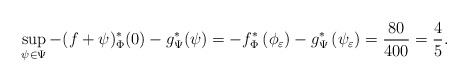
\begin{align*}\sup_{\psi\in \Psi} -(f+\psi)^*_\Phi (0) - g^*_\Psi (\psi) =-f^{*}_\Phi \left(\phi_\varepsilon\right)-g^{*}_\Psi\left(\psi_\varepsilon\right) & =\frac{80}{400}=\frac{4}{5}.\end{align*}